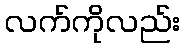
လက်ကိုလည်း